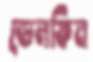
ডেলফিন